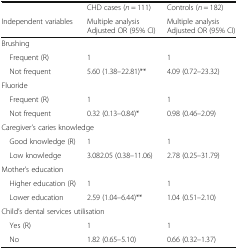
|  | CHD cases (n = 111) | Controls (n = 182) |
 | Independent variables | Multiple analysisAdjusted OR (95% CI) | Multiple analysisAdjusted OR (95% CI) |
 | --- | --- | --- |
 | <COLSPAN=3> Brushing |
 | Frequent (R) | 1 | 1 |
 | Not frequent | 5.60 (1.38–22.81)** | 4.09 (0.72–23.32) |
 | <COLSPAN=3> Fluoride |
 | Frequent (R) | 1 | 1 |
 | Not frequent | 0.32 (0.13–0.84)* | 0.98 (0.46–2.09) |
 | <COLSPAN=3> Caregiver’s caries knowledge |
 | Good knowledge (R) | 1 | 1 |
 | Low knowledge | 3.082.05 (0.38–11.06) | 2.78 (0.25–31.79) |
 | <COLSPAN=3> Mother’s education |
 | Higher education (R) | 1 | 1 |
 | Lower education | 2.59 (1.04–6.44)** | 1.04 (0.51–2.10) |
 | <COLSPAN=3> Child’s dental services utilisation |
 | Yes (R) | 1 | 1 |
 | No | 1.82 (0.65–5.10) | 0.66 (0.32–1.37) |